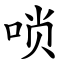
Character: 唢